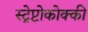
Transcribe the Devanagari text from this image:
स्ट्रेप्टोकोक्की